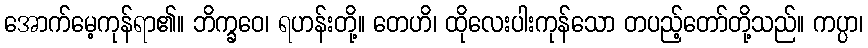
အောက်မေ့ကုန်ရာ၏။ ဘိက္ခဝေ၊ ရဟန်းတို့။ တေဟိ၊ ထိုလေးပါးကုန်သော တပည့်တော်တို့သည်။ ကပ္ပာ၊